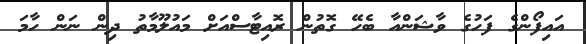
އައިފޯންގެ ފަހުގެ ވާޝަންއާ ބެހޭ ގޮތުން ރޮއިޓާސްއަށް މައުލޫމާތު ދިން ނަން ހާމަ